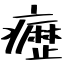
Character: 癧